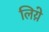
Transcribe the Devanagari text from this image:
लिय़े